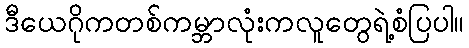
ဒီယေဂိုကတစ်ကမ္ဘာလုံးကလူတွေရဲ့စံပြပါ။